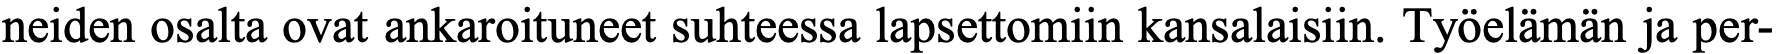
neiden osalta ovat ankaroituneet suhteessa lapsettomiin kansalaisiin. Työelämän ja per-